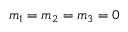
m _ { 1 } = m _ { 2 } = m _ { 3 } = 0